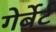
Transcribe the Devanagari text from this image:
गेर्बेर्ट